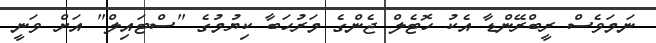
ނަމަވެސް ރީބްރޭންޑާ އެކު ހޮޓެލް ޖެންގެ މަރުހަބާ ކިޔުމުގެ "ސްޓައިލް" އަށް ވަނީ